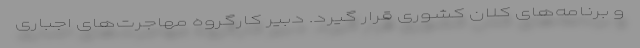
و برنامه‌های کلان کشوری قرار گیرد. دبیر کارگروه مهاجرت‌های اجباری